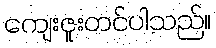
ကျေးဇူးတင်ပါသည်။